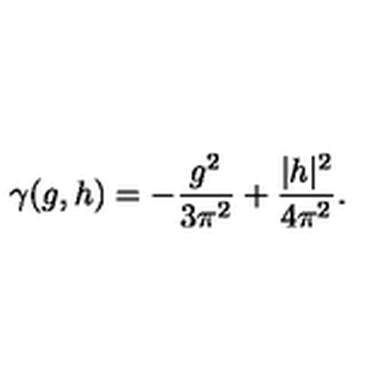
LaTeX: \gamma ( g , h ) = - \frac { g ^ { 2 } } { 3 \pi ^ { 2 } } + \frac { | h | ^ { 2 } } { 4 \pi ^ { 2 } } .